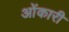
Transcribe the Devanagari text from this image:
ओंकारी